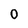
Character: 0